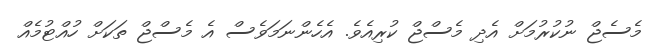
މެސެޖް ނުކުރުމަށް އެދި މެސްޖް ކުރިއެވެ. އެހެންނަމަވެސް އެ މެސްޖް ތަކަށް ހުއްޓުމެއް